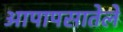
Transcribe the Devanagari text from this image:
आपापसातेले